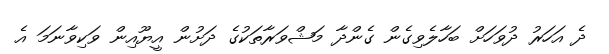
ދެ އަހަރު ދުވަހަށް ބަހާލެވިގެން ގެންދާ މަޝްވަރާތަކުގެ ދަށުން އީޔޫއިން ވަކިވާނަމަ އެ